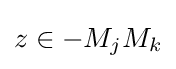
z\in -M_{j}M_{k}